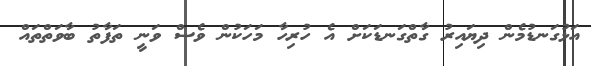
އަޅުގަނޑުމެން ދިޔައިރު ގާތްގަނޑަކަށް އެ ހުރިހާ މަހަކުން ވެސް ވަނީ ތަފާތު ބާވަތްތައް